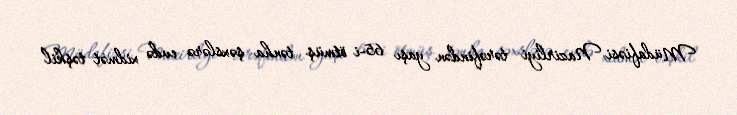
Müdafiəsi Nazirliyi tərəfindən yaşı 65-i ötmüş tənha şəxslərə evdə xidmət təşkil